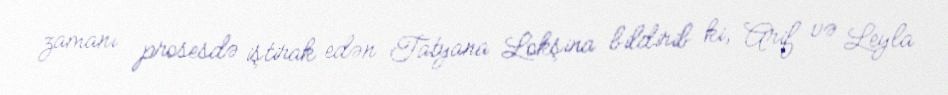
zamanı prosesdə iştirak edən Tatyana Lokşina bildirib ki, Arif və Leyla